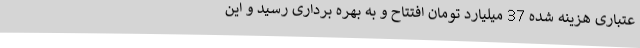
عتباری هزینه شده 37 میلیارد تومان افتتاح و به بهره برداری رسید و این